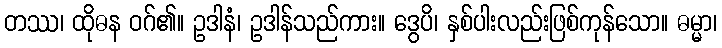
တဿ၊ ထိုဓန ဝဂ်၏။ ဥဒါနံ၊ ဥဒါန်သည်ကား။ ဒွေပိ၊ နှစ်ပါးလည်းဖြစ်ကုန်သော။ ဓမ္မာ၊